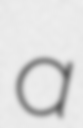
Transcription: a